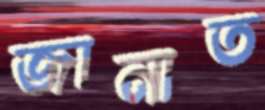
জানাত